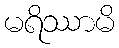
မရိဿာမိ